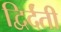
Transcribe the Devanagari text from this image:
द्विर्दंती